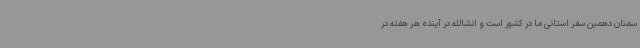
سمنان دهمین سفر استانی ما در کشور است و انشالله در آینده هر هفته در